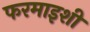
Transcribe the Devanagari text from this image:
फरमाइशी